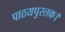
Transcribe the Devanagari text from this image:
पाठयपुस्तक।